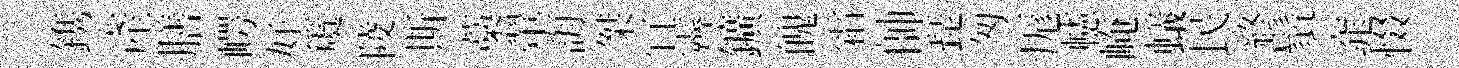
鎸產膳崿好𥵂陵斯藁翬誨桀冝霽鑛魄霜帥琵匆厖幰崦蟻民終鬚窕惙